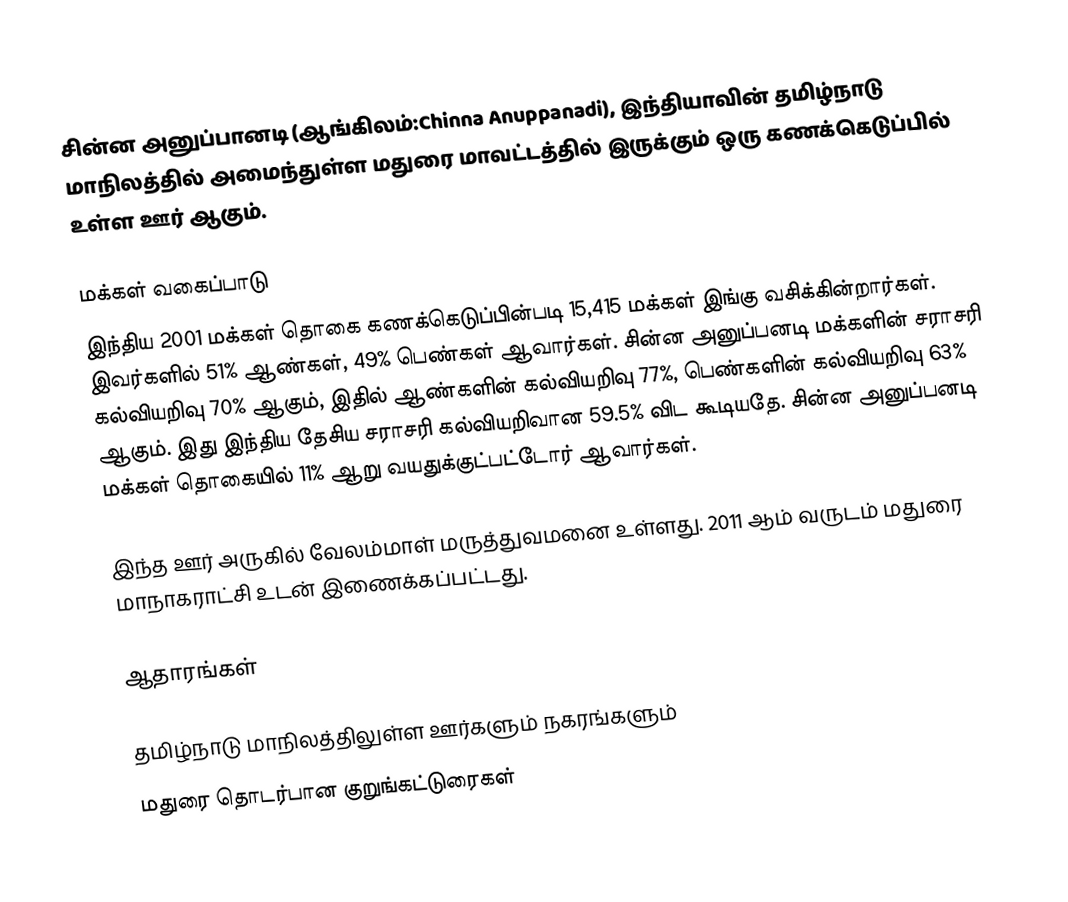
சின்ன அனுப்பானடி (ஆங்கிலம்:Chinna Anuppanadi), இந்தியாவின் தமிழ்நாடு மாநிலத்தில் அமைந்துள்ள மதுரை மாவட்டத்தில் இருக்கும் ஒரு கணக்கெடுப்பில் உள்ள ஊர்  ஆகும்.

மக்கள் வகைப்பாடு
இந்திய 2001 மக்கள் தொகை கணக்கெடுப்பின்படி 15,415 மக்கள் இங்கு வசிக்கின்றார்கள். இவர்களில் 51% ஆண்கள், 49% பெண்கள் ஆவார்கள். சின்ன அனுப்பனடி மக்களின் சராசரி கல்வியறிவு 70% ஆகும்,  இதில் ஆண்களின் கல்வியறிவு 77%,  பெண்களின் கல்வியறிவு 63% ஆகும். இது இந்திய தேசிய சராசரி கல்வியறிவான 59.5% விட கூடியதே. சின்ன அனுப்பனடி மக்கள் தொகையில் 11%  ஆறு வயதுக்குட்பட்டோர் ஆவார்கள்.

இந்த ஊர் அருகில் வேலம்மாள் மருத்துவமனை உள்ளது. 2011 ஆம் வருடம் மதுரை மாநாகராட்சி உடன் இணைக்கப்பட்டது.

ஆதாரங்கள்

தமிழ்நாடு மாநிலத்திலுள்ள ஊர்களும் நகரங்களும்
மதுரை தொடர்பான குறுங்கட்டுரைகள்